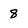
Character: 8